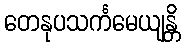
တေနုပသင်္ကမေယျန္တိ